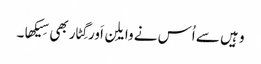
وہِیں سے اُس نے وایلِن اَور گِٹار بھی سِیکھا۔